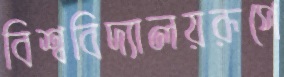
বিশ্ববিদ্যালয়রূপে